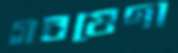
গবষেণা